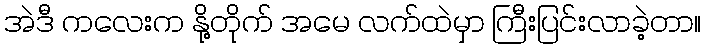
အဲဒီ ကလေးက နို့တိုက် အမေ လက်ထဲမှာ ကြီးပြင်းလာခဲ့တာ။